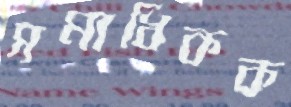
সমাধিকক